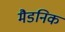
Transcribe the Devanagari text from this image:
मैडनिक